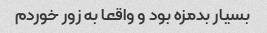
بسیار بدمزه بود و واقعا به زور خوردم